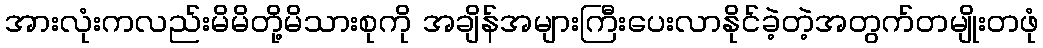
အားလုံးကလည်းမိမိတို့မိသားစုကို အချိန်အများကြီးပေးလာနိုင်ခဲ့တဲ့အတွက်တမျိုးတဖုံ